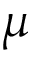
\mu